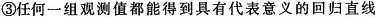
③任何一组观测值都能得到具有代表意义的回归直线